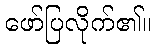
ဖော်ပြလိုက်၏။